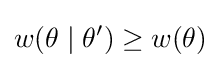
w(\theta \mid \theta ')\geq w(\theta )